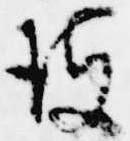
彼